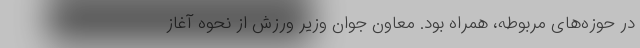
در حوزه‌های مربوطه، همراه بود. معاون جوان وزیر ورزش از نحوه آغاز